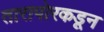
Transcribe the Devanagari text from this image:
तारापोरकडून